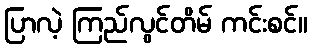
ပြာလဲ့ ကြည်လွင်တိမ် ကင်းစင်။